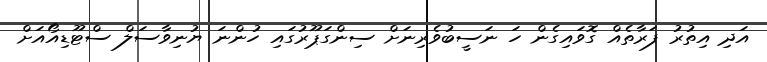
އަދި އިތުރު ފަރާތެއް ގޮވައިގެން ހަ ނަސީބުވެރިނަށް ސިންގަޕޫރުގައި ހުންނަ ޔުނިވާސަލް ސްޓޫޑިއޯއަށް